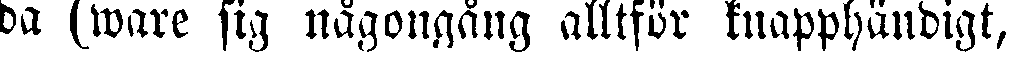
da (ware sig någongång alltför knapphändigt,